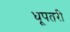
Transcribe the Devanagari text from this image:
धूपतरी